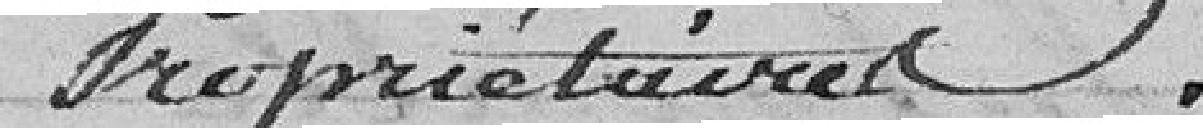
Propriétaires